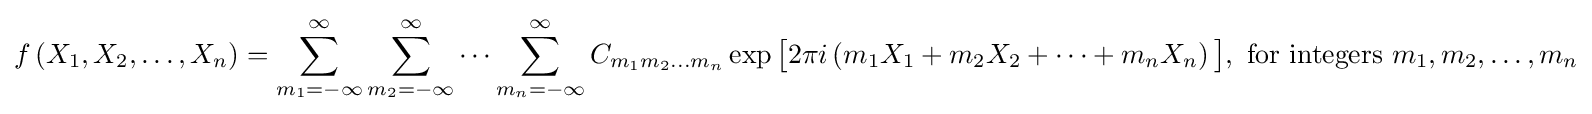
f\left(X_{1},X_{2},\dots ,X_{n}\right)=\sum _{m_{1}=-\infty }^{\infty }\sum _{m_{2}=-\infty }^{\infty }\cdots \sum _{m_{n}=-\infty }^{\infty }C_{m_{1}m_{2}...m_{n}}\exp {\bigl [}2\pi i\left(m_{1}X_{1}+m_{2}X_{2}+\cdots +m_{n}X_{n}\right){\bigr ]},{\text{  for integers  }}m_{1},m_{2},\dots ,m_{n}